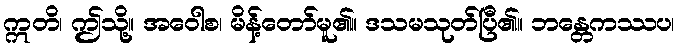
ဣတိ၊ ဤသို့။ အဝေါစ၊ မိန့်တော်မူ၏။ ဒသမသုတ်ပြီ၏။ ဘန္တေကဿပ၊